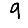
Digit: 9